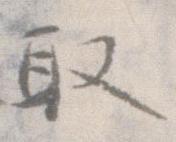
取